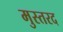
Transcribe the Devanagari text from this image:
मुस्तरद